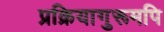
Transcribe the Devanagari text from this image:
प्रक्रियागुरूमपि